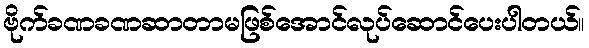
ဗိုက်ခဏခဏဆာတာမဖြစ်အောင်လုပ်ဆောင်ပေးပါတယ်။